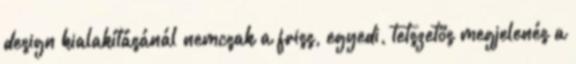
design kialakításánál nemcsak a friss, egyedi, tetszetõs megjelenés a